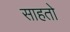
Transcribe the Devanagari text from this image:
साहतो